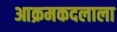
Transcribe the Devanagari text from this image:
आक्रमकदलाला